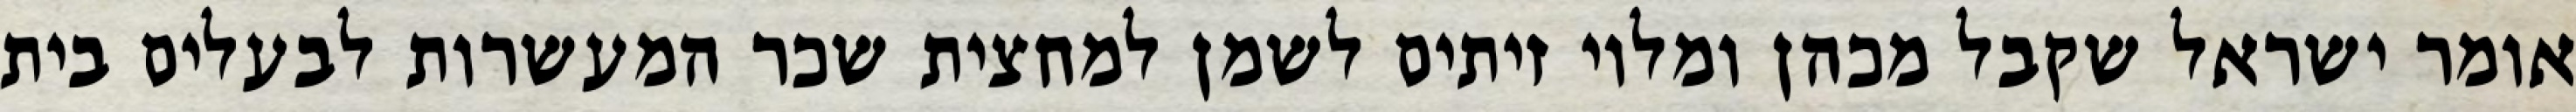
אומר ישראל שקבל מכהן ומלוי זיתים לשמן למחצית שכר המעשרות לבעלים בית